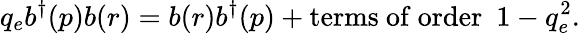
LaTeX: q_{e}b^{\dagger}(p)b(r)=b(r)b^{\dagger}(p)+\mathrm{terms~of~order}~~1-q_{e}^{2}.